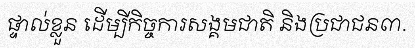
ផ្ទាល់ខ្លួន ដើម្បីកិច្ចការសង្គមជាតិ និងប្រជាជន៣.